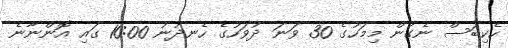
ހެކިބަސް ނެގުން މިމަހުގެ 30 ވަނަ ދުވަހުގެ ހެނދުނު 10:00 ގައި އޮންނާނެ